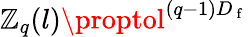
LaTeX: \mathbb{Z}_{q}(l)\proptol^{(q-1)D_{\mathrm{{~f~}}}}